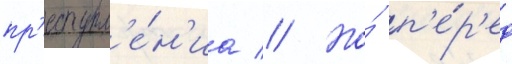
пр'еступл'е́н'иа // Но́ п'е́р'ед